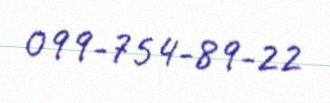
099-754-89-22